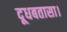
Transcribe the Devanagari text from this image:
दूधबतासा।